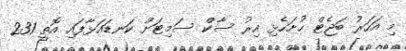
މި އަހަރު ބަޖެޓް ހުށަހެޅި އިރު ސާކް ސަމިޓަށް ކަނޑައަޅާފައި އޮތީ 231